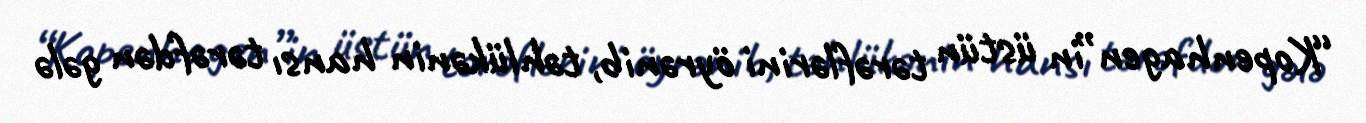
“Kopenhagen”in üstün tərəflərini öyrənib, təhlükənin hansı tərəfdən gələ